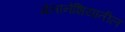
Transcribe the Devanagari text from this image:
मेलानेशियातील